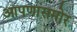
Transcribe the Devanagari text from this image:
आपणासमोर